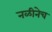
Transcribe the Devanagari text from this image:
नळीनेच